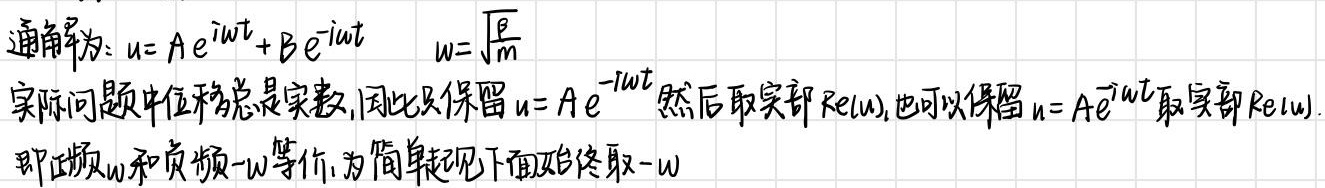
通解为：\(u = A e^{i\omega t}+B e^{-i\omega t}\)，\(\omega=\sqrt{\frac{\epsilon}{m}}\)。实际问题中位移总是实数，因此只保留\(u = A e^{-i\omega t}\)，然后取实部\(Re(u)\)，也可以保留\(u = A e^{i\omega t}\)取实部\(Re(u)\)。即正频\(\omega\)和负频\(-\omega\)等价，为简单起见下面始终取\(-\omega\)。